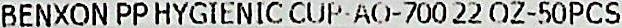
BENXON PP HYGIENIC CUP-AO-700 22 OZ-50PCS